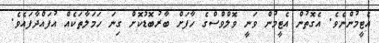
އެޓީމުންނެވެ. އެގޮތުން އެޓީމުން ވަނީ ވޮލްވްސްގެ ހާފަށް ބާރުބޮޑުކޮށް ގިނަ ހަމަލާތަކެއް އުފައްދާފައެވެ.